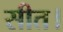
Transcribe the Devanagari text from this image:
सीत।